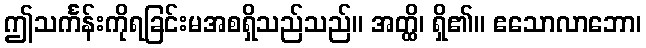
ဤသင်္ကန်းကိုရခြင်းမအစရှိသည်သည်။ အတ္ထိ၊ ရှိ၏။ ဧသောလာဘော၊